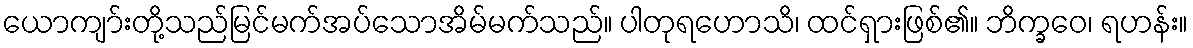
ယောကျာ်းတို့သည်မြင်မက်အပ်သောအိမ်မက်သည်။ ပါတုရဟောသိ၊ ထင်ရှားဖြစ်၏။ ဘိက္ခဝေ၊ ရဟန်း။